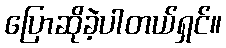
ပြောဆိုခဲ့ပါတယ်ရှင်။